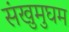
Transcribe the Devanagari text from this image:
संखुमुघम